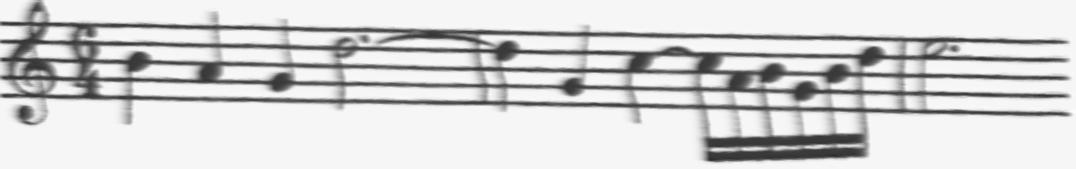
Transcription: clef-G2 timeSignature-6/4 note-B4_quarter note-A4_quarter note-G4_quarter note-D5_half. tie barline note-D5_quarter note-G4_quarter note-C5_quarter tie note-C5_sixteenth note-A4_sixteenth note-B4_sixteenth note-G4_sixteenth note-B4_sixteenth note-D5_sixteenth barline note-E5_half.